Vaccination North-Western Provinces 1866-1877 - 1866-1877
Year: 1866
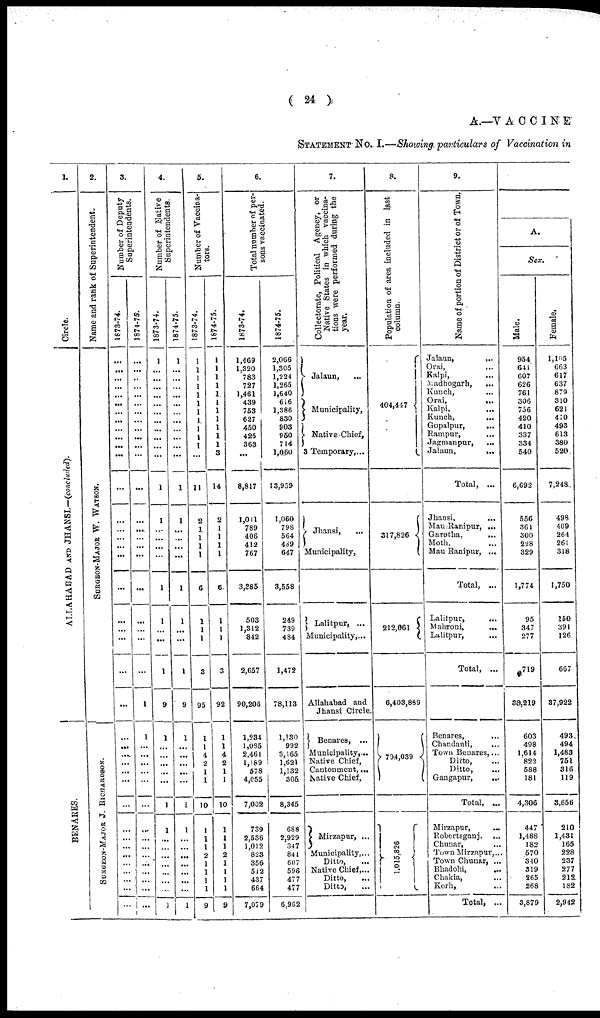
( 24 )
A.—VACCINE
STATEMENT No. I.—Showing particulars of Vaccination in
1.
Circle.
ALLAHABAD AND JHANSI—(concluded).
BENARES.
2.
Name and rank of Superintendent.
SURGEON-MAJOR W. WATSON.
SURGEON-MAJOR J. RICHARDSON.
3.
Number of Deputy
Superintendents.
1873-74.
...
...
...
...
...
...
...
...
...
...
...
...
...
...
...
...
...
...
...
...
...
...
...
...
...
...
...
...
...
...
...
...
...
...
...
...
...
...
...
...
1874-75.
...
...
...
...
...
...
...
...
...
...
...
...
...
...
...
...
...
...
...
...
...
...
...
1
1
...
...
...
...
...
...
...
...
...
...
...
...
...
...
...
4.
Number of Native
Superintendents.
1873-74.
1
...
...
...
...
...
...
...
...
...
...
...
1
1
...
...
...
...
1
1
...
...
1
9
1
...
...
...
...
...
1
1
...
...
...
...
...
...
...
1
1874-75.
1
...
...
...
...
...
...
...
...
...
...
...
1
1
...
...
...
...
1
1
...
...
1
9
1
...
...
...
...
...
1
1
...
...
...
...
...
...
...
1
5.
Number of Vaccina¬
tors.
1873-74.
1
1
1
1
1
1
1
1
1
1
1
...
11
2
1
1
1
1
6
1
1
1
3
95
1
1
4
2
1
1
10
1
1
1
2
1
1
1
1
9
1874-75.
1
1
1
1
1
1
1
1
1
1
1
3
14
2
1
1
1
1
6
1
1
1
3
92
1
1
4
2
1
1
10
1
1
1
2
1
1
1
1
9
6.
Total number of per-
sons vaccinated.
1873-74.
1,469
1,320
783
727
1,461
439
753
627
450
425
363
...
8,817
1,011
789
406
412
767
3,385
503
1,312
842
2,657
90,206
1,234
1,085
2,461
1,189
578
4,055
7,002
739
2,536
1,012
823
356
512
437
664
7,079
1874-75.
2,066
1,305
1,224
1,265
1,640
616
1,386
830
903
950
714
1,060
13,959
1,060
798
564
489
647
3,558
249
739
484
1,472
78,113
1,130
992
3,165
1,621
1,132
305
8,345
688
2,929
347
841
607
596
477
477
6,962
7.
Collectorate, Political Agency, or
Native States in which vaccina-
tions were performed during the
year.
Jalaun,
...
Municipality,
Native Chief,
3 Temporary,...
Jhansi,
...
Municipality,
Lalitpur, ...
Municipality,...
Allahabad and
Jhansi Circle.
Benares, ...
Municipality,...
Native Chief,
Cantonment,...
Native Chief,
Mirzapur, ...
Municipality,...
Ditto, ...
Native Chief,...
Ditto, ...
Ditto, ...
8.
Population of area included in last
column.
404,447
317,826
212,661
6,403,889
794,039
1,015,826
9.
Name of portion of District or of Town.
Jalaun,
...
Orai, ...
Kalpi, ...
Madhogarh,
...
Kunch, ...
Orai,
...
Kalpi, ...
Kunch, ...
Gopalpur, ...
Rampur,
...
Jagmanpur, ...
Jalaun, ...
Total, ...
Jhausi, ...
Mau Ranipur, ...
Garotha,
...
Moth, ...
Mau Ranipur, ...
Total, ...
Lalitpur, ...
Mahroni,
...
Lalitpur, ...
Total, ...
Benares,
...
Chandauli, ...
Town Benares,...
Ditto, ...
Ditto, ...
Gangapur,
...
Total, ...
Mirzapur,
...
Robertsganj. ...
Chunar, ...
Town Mirzapur,...
Town Chunar, ...
Bhadohi,
...
Chakia, ...
Korh, ...
Total, ...
A.
Sex.
Male.
954
641
607
626
761
306
756
420
410
337
334
540
6,692
556
361
300
228
329
1,774
95
347
277
719
38,219
603
498
1,614
822
588
181
4,306
447
1,488
182
570
340
319
265
268
3,879
Female.
1,105
663
617
637
879
310
621
410
493
613
380
520
7,248
498
409
264
261
318
1,750
150
391
126
667
37,922
493
494
1,483
751
316
119
3,656
210
1,431
165
228
237
277
212
182
2,942